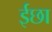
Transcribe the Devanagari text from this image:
ईछा